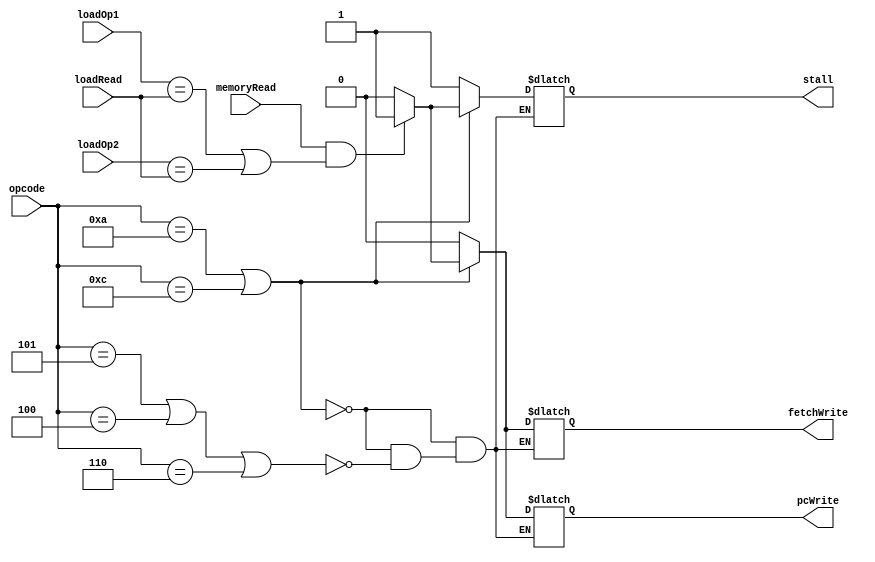
/*
 * Name: Hazard Detection Unit
 *
 */


module hazardDetection
#(parameter SIZE = 16)
(
    input memoryRead, // comes from execution stage 
    input [3:0] opcode,
    input [SIZE-1:0] loadOp1, loadOp2, // these registers come from the decode stage 
    input [SIZE-1:0] loadRead, // comes from the decode/execution stage 
    output reg stall, // sends to the or gate which has 2 inputs. the stall, and the flush which comes from the control unit 
    output reg fetchWrite, // sent towards IF/ID buffer pipeline 
    output reg pcWrite // send towards program counter 
);

wire compareLW1, compareLW2, compareTotal;

assign compareLW1 = loadOp1 == loadRead; 
assign compareLW2 = loadOp2 == loadRead;
assign compareTotal = compareLW1 || compareLW2;

always@(*)
begin
    if(opcode == 4'b1010 || opcode == 4'b1100)
    begin
        if(memoryRead && compareTotal)
        begin
            stall = 1'b1;
            fetchWrite = 1'b1;
            pcWrite = 1'b1;
        end
        else
        begin
            stall = 1'b0;
            fetchWrite = 1'b0;
            pcWrite = 1'b0;
        end
    end
    else if(opcode == 4'b0101 || opcode == 4'b0100 || opcode == 4'b0110)
    begin
        stall = 1'b1;
        fetchWrite = 1'b0;
        pcWrite = 1'b0;
    end
end
endmodule